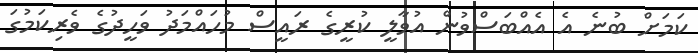
ކަމަށް ބުނެ އެ އެއްބަސްވުން އުވާލީ ކުރީގެ ރައީސް މުހައްމަދު ވަހީދުގެ ވެރިކަމުގަ